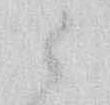
候